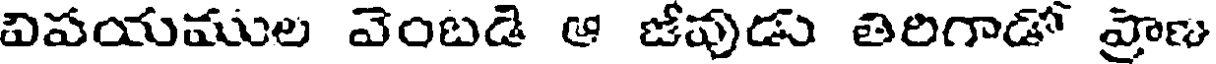
విపయముల వెంబడి ఆ జీవుడు తిరిగాడో ప్రాణు